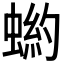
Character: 𧎒